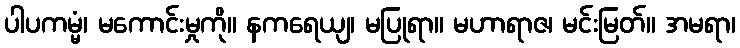
ပါပကမ္မံ၊ မကောင်းမှုကို။ နကရေယျ၊ မပြုရာ။ မဟာရာဇ၊ မင်းမြတ်။ အမရာ၊